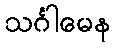
သင်္ဂါမေန